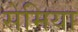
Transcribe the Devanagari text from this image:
सेमिया